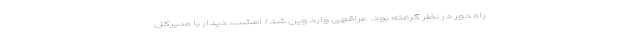
راه دور در نظر گرفته بود. عراقچی وارد وین شد/ امشب، دیدار با مدیرکل